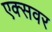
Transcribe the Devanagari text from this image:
एक्सवर